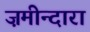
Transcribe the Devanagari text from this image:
ज़मीन्दारा